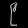
Digit: ၉